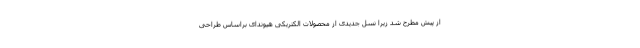
از پیش مطرح شد زیرا نسل جدیدی از محصولات الکتریکی هیوندای براساس طراحی